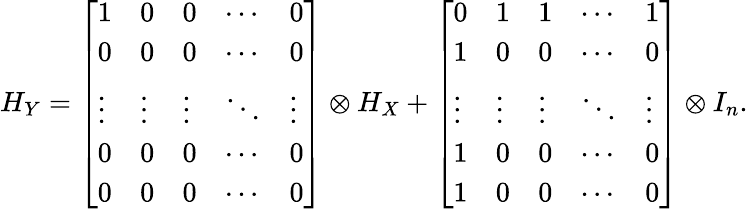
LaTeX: H_{Y}=\left[\begin{array}{lllll}{1}&{0}&{0}&{\cdots}&{0}\\ {0}&{0}&{0}&{\cdots}&{0}\\ {\vdots}&{\vdots}&{\vdots}&{\ddots}&{\vdots}\\ {0}&{0}&{0}&{\cdots}&{0}\\ {0}&{0}&{0}&{\cdots}&{0}\end{array}\right]\otimes H_{X}+\left[\begin{array}{lllll}{0}&{1}&{1}&{\cdots}&{1}\\ {1}&{0}&{0}&{\cdots}&{0}\\ {\vdots}&{\vdots}&{\vdots}&{\ddots}&{\vdots}\\ {1}&{0}&{0}&{\cdots}&{0}\\ {1}&{0}&{0}&{\cdots}&{0}\end{array}\right]\otimes I_{n}.